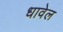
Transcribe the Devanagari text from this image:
धावेल